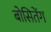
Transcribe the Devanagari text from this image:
बोसितेंग